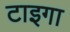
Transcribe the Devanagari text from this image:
टाइगा